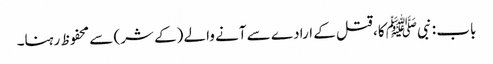
باب : نبیﷺ کا، قتل کے ارادے سے آنے والے (کے شر) سے محفوظ رہنا۔